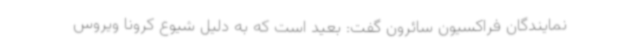
نمایندگان فراکسیون سائرون گفت: بعید است که به دلیل شیوع کرونا ویروس